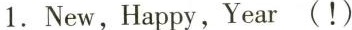
1. New,Happy,Year(!)